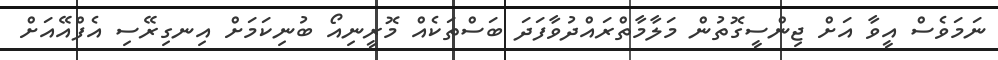
ނަމަވެސް އީވާ އަށް ޖިންސީގޮތުން މަލާމާތްރައްދުވާފަދަ ބަސްތަކެއް މޮރީނިއޯ ބުނިކަމަށް އިނގިރޭސި އެފްއޭއަށް